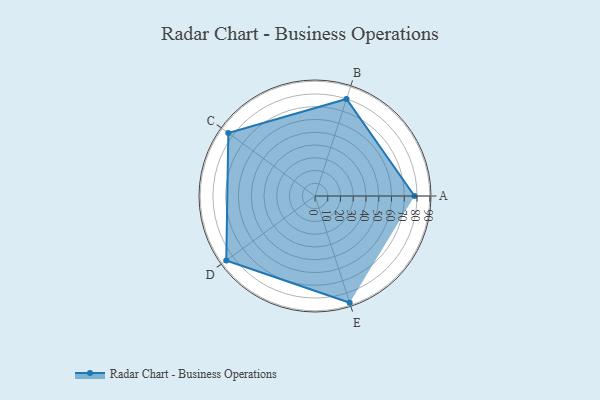
{"axis": {"x": "Skill", "y": "Score"}, "legend": ["Profile"], "data": [{"x": "A", "y": 78.0, "type": "Profile"}, {"x": "B", "y": 80.0, "type": "Profile"}, {"x": "C", "y": 84.0, "type": "Profile"}, {"x": "D", "y": 86.0, "type": "Profile"}, {"x": "E", "y": 88.0, "type": "Profile"}]}